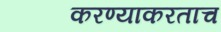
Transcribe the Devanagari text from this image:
करण्याकरताच